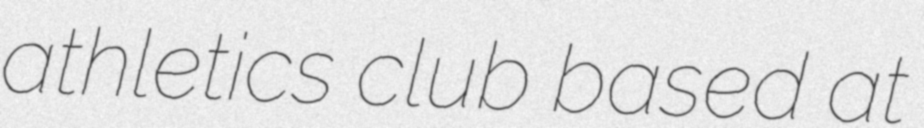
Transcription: athletics club based at